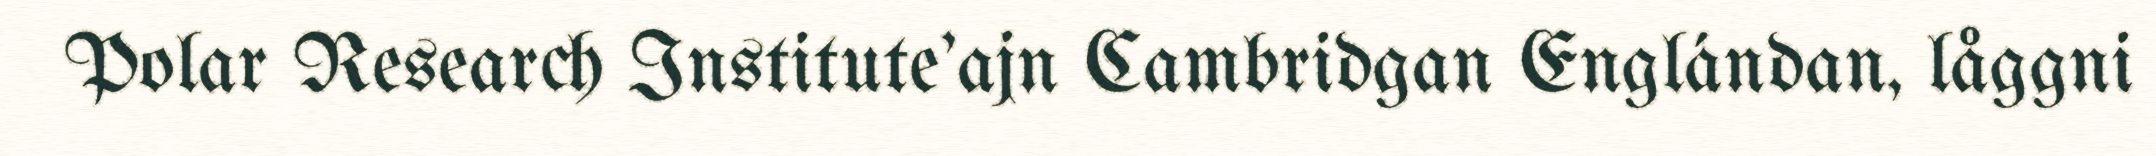
Polar Research Institute'ajn Cambridgan Englándan, låggni